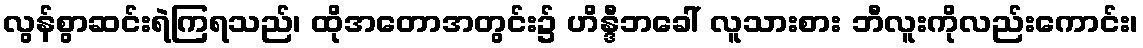
လွန်စွာဆင်းရဲကြရသည်၊ ထိုအတောအတွင်း၌ ဟိန္ဒီဘခေါ် လူသားစား ဘီလူးကိုလည်းကောင်း၊